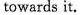
towards it.